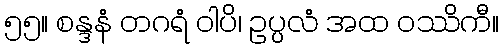
၅၅။ စန္ဒနံ တဂရံ ဝါပိ၊ ဥပ္ပလံ အထ ဝဿိကီ။